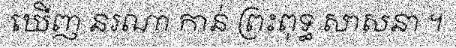
ឃើញ នរណា កាន់ ព្រះពុទ្ធ សាសនា ។